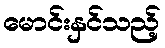
မောင်းနှင်သည့်